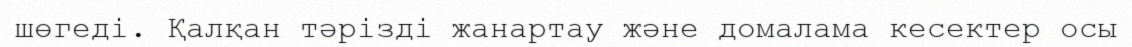
шөгеді. Қалқан тәрізді жанартау және домалама кесектер осы